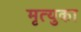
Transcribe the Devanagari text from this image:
मृत्युका